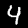
Label: 4